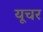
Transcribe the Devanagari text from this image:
यूचर